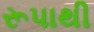
રૂપાથી